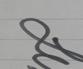
Signature authenticity: genuine